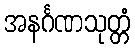
အနင်္ဂဏသုတ္တံ